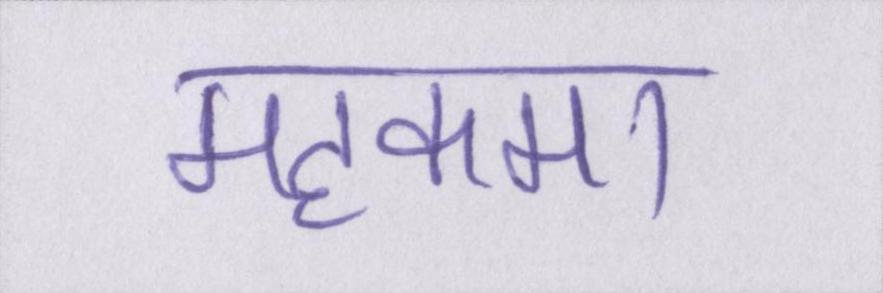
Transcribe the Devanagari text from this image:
महकमा